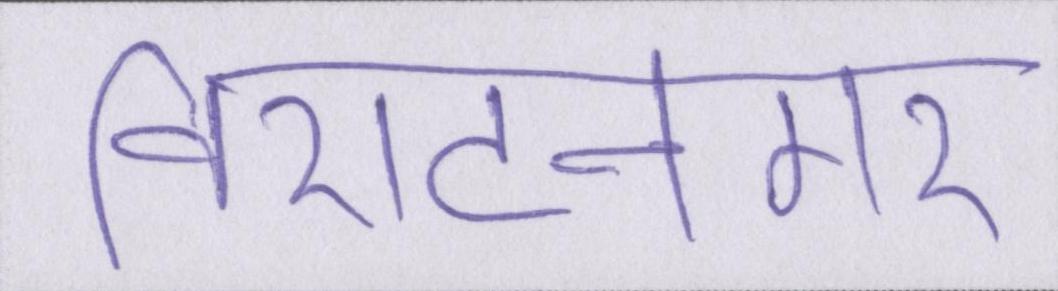
विराटनगर